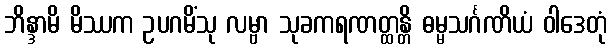
ဘိန္ဒာမိ မိဿက ဥပဂမိံသု လမ္ဗာ သုခကရဏတ္ထန္တိ ဓမ္မသင်္ဂဏိယံ ဝါဒေတုံ